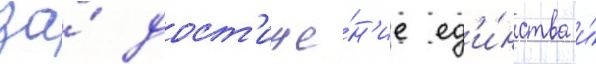
за́ дост'иже́н'ие ед'и́нства и́